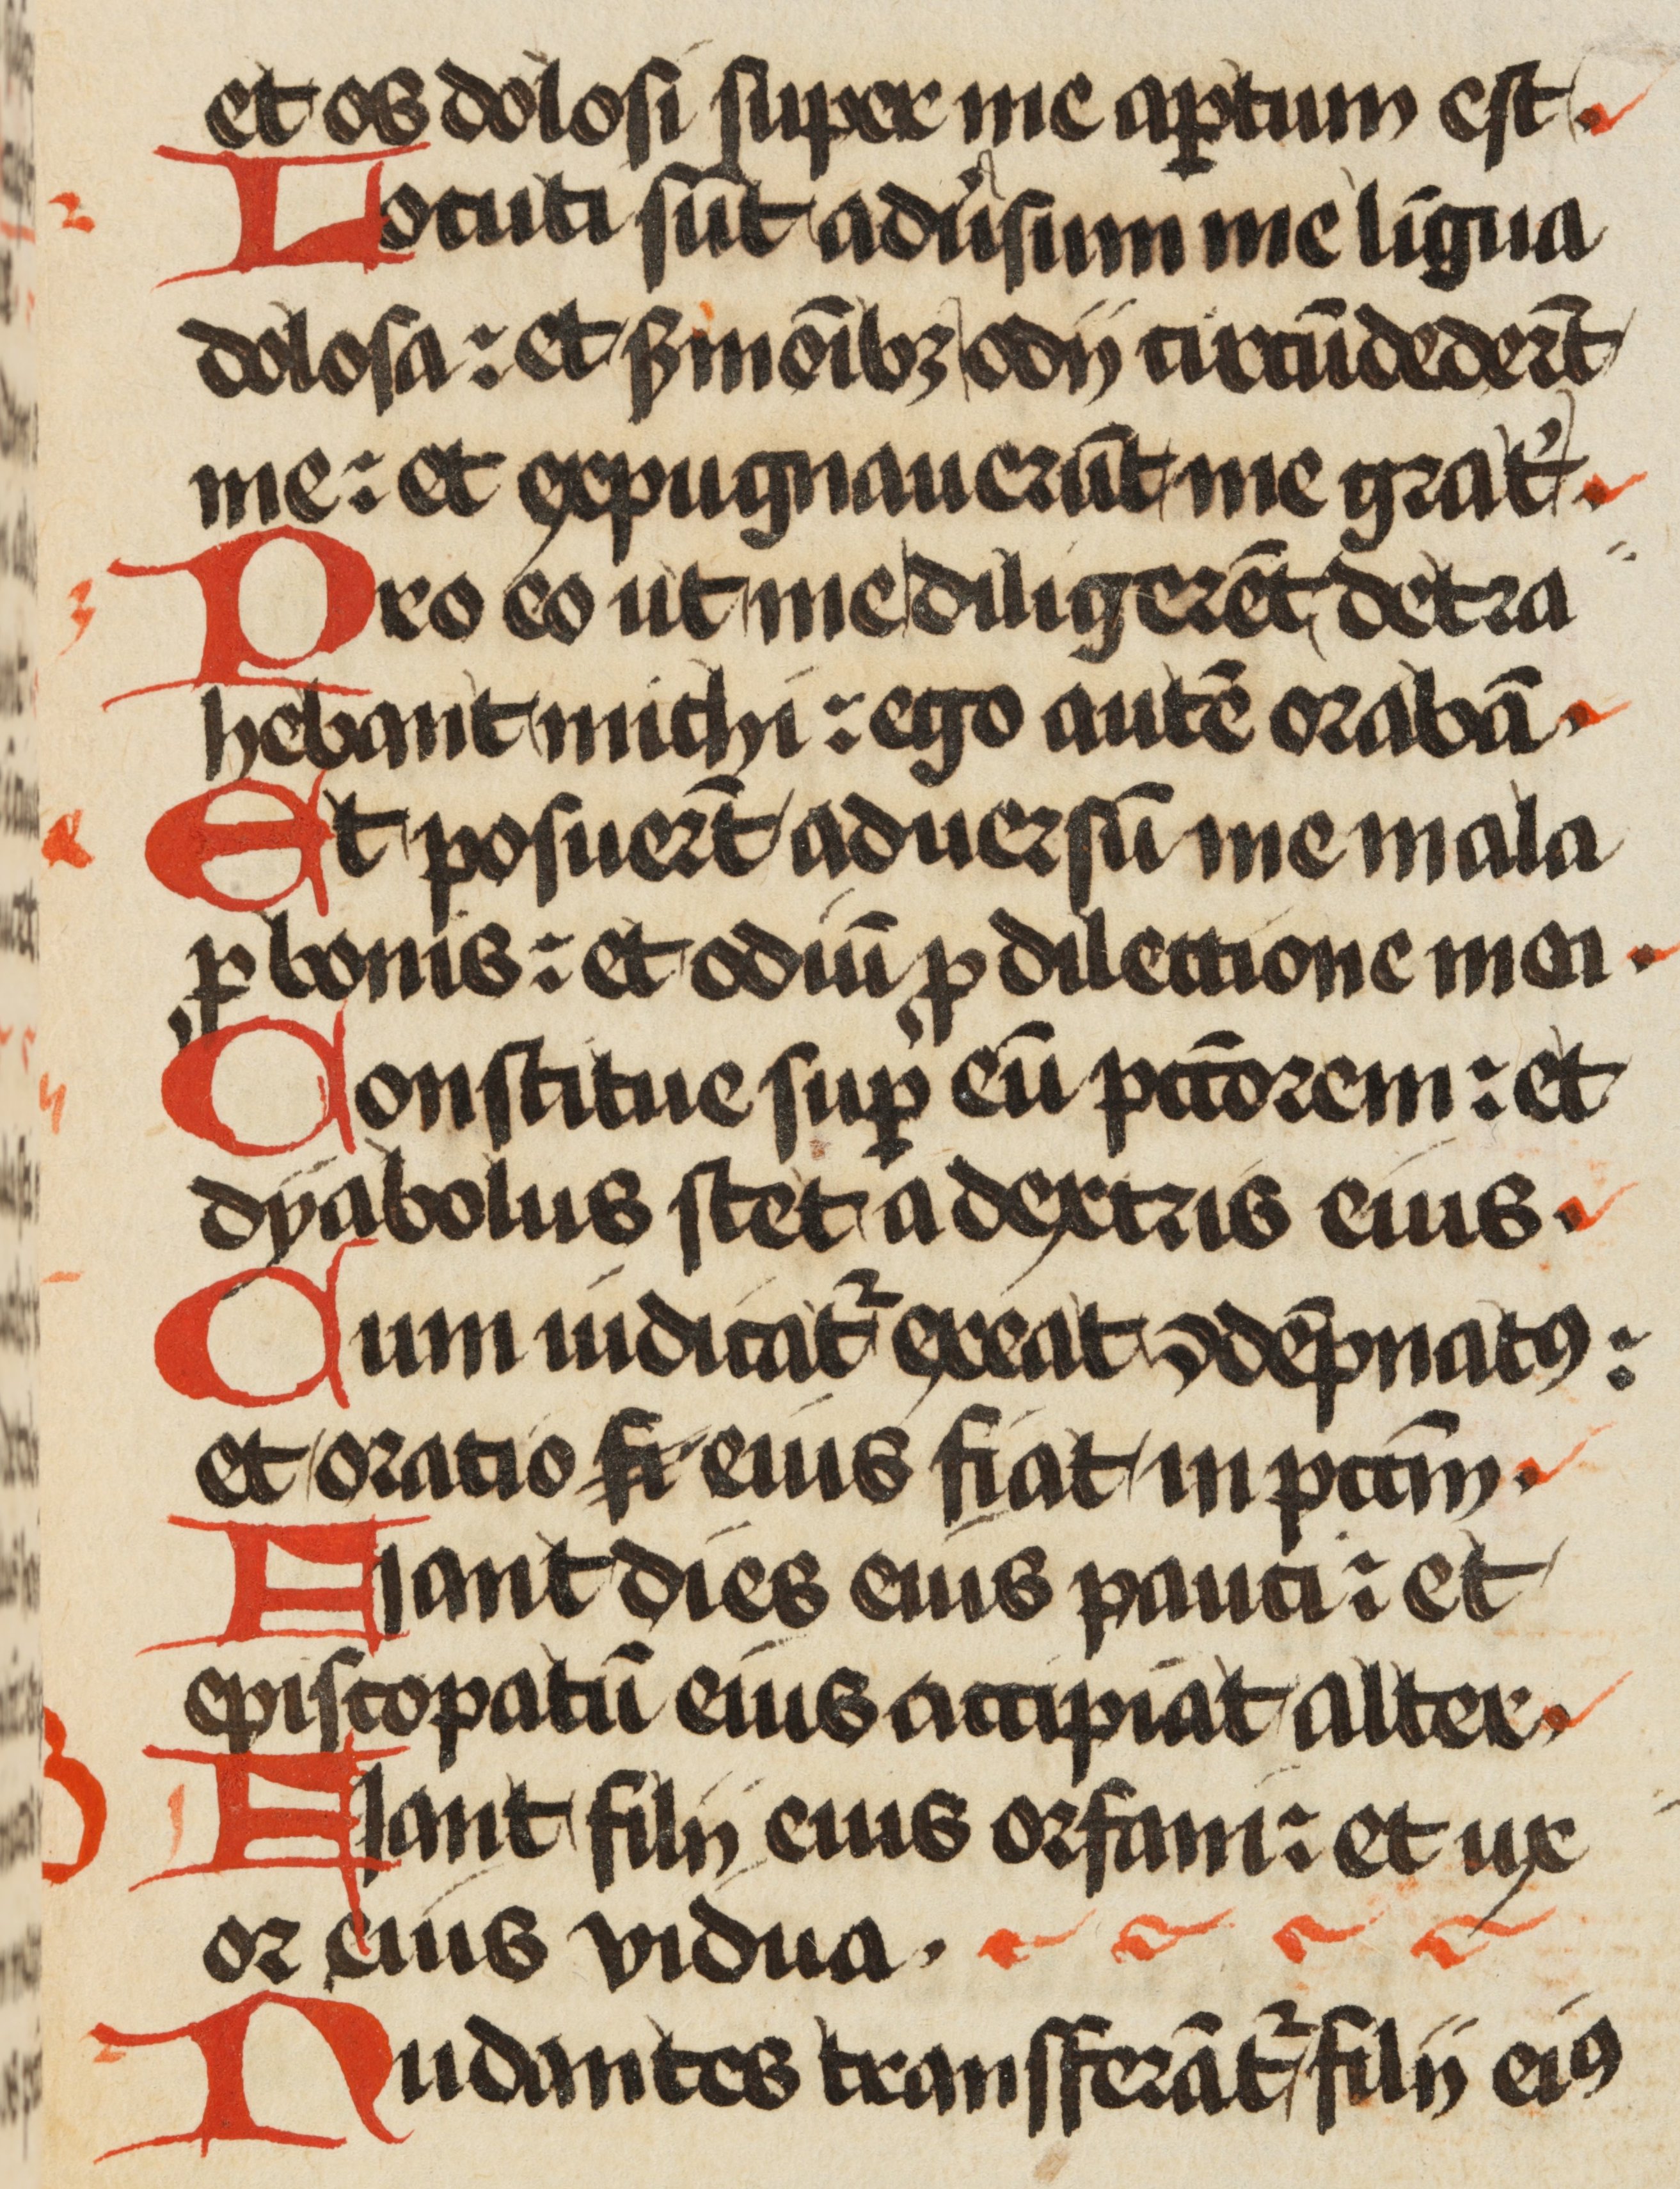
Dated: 1471–1471